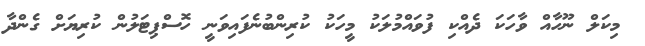
މިކަލް ނޫހާއް ވާހަކަ ދެއްކި ފުވައްމުލަކު މީހަކު ކުރިންބުނެފައިވަނީ ހޮސްޕިޓަލުން ކުރިޔަށް ގެންދާ